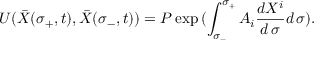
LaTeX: U ( { \bar { X } } ( \sigma _ { + } , t ) , { \bar { X } } ( \sigma _ { - } , t ) ) = { \cal P } \exp { ( \int _ { \sigma _ { - } } ^ { \sigma _ { + } } A _ { i } { \frac { d X ^ { i } } { d \, \sigma } } d \, \sigma ) } .